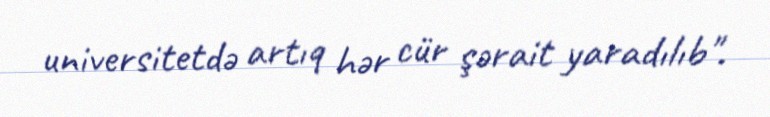
universitetdə artıq hər cür şərait yaradılıb".